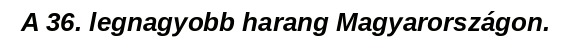
A 36. legnagyobb harang Magyarországon.